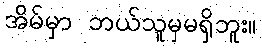
အိမ်မှာ ဘယ်သူမှမရှိဘူး။